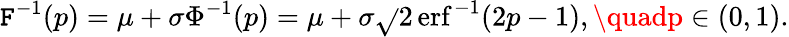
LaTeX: \mathtt{F}^{-1}(p)=\mu+\sigma\Phi^{-1}(p)=\mu+\sigma{\sqrt{}{{2}}}\operatorname{erf}^{-1}(2p-1),\quadp\in(0,1).